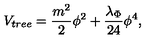
V _ { t r e e } = { \frac { m ^ { 2 } } { 2 } } \phi ^ { 2 } + { \frac { \lambda _ { \Phi } } { 2 4 } } \phi ^ { 4 } ,